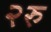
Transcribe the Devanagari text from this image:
२रु